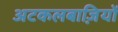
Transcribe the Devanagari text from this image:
अटकलबाज़ियों